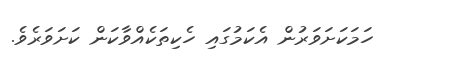
ހަމަކަށަވަރުން އެކަމުގައި ހެކިތަކެއްވާކަން ކަށަވަރެވެ.